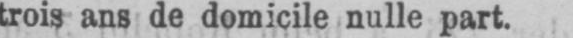
trois ans de domicile nulle part.